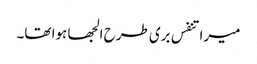
میرا تنفس بری طرح الجھا ہوا تھا۔